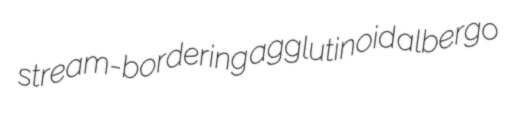
stream-bordering agglutinoid albergo